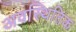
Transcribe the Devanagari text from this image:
अवस्थितिक